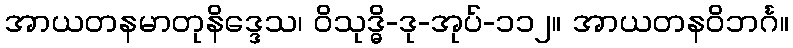
အာယတနမာတုနိဒ္ဒေသ၊ ဝိသုဒ္ဓိ-ဒု-အုပ်-၁၁၂။ အာယတနဝိဘင်္ဂ။